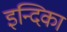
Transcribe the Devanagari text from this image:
इन्दिका